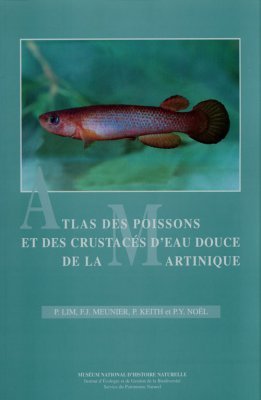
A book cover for Atlas des poissons et des crustacÃ©s d'eau douce de la Martinique; Travel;